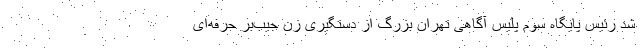
شد رئیس پایگاه سوم پلیس آگاهی تهران بزرگ از دستگیری زن جیب‌بر حرفه‌ای